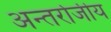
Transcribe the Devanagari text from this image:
अन्तर्राजीय